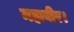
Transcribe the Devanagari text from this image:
महावीर।